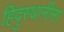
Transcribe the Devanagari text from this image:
हिंदुस्थानींना